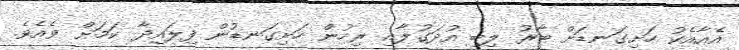
އެއާއެކު ހަށިގަނޑަށް ބާރު ލިބި އުދަގުލާއި ރިހުން ހަށިގަނޑުން ފިލައިދާ ކަމަށް ވެއެވެ.